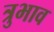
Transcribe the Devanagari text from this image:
त्रुभाव